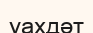
уахдәт